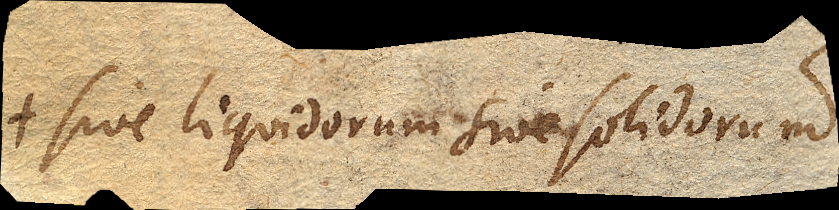
sive liquidorum sive solidorum